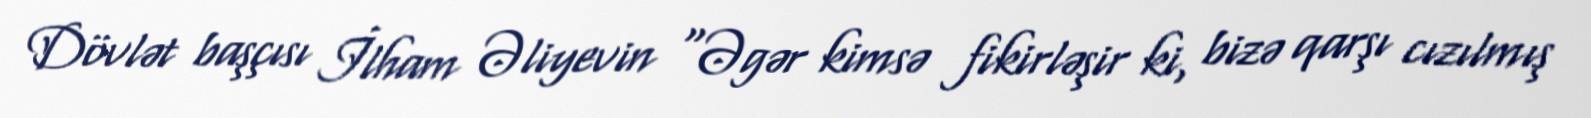
Dövlət başçısı İlham Əliyevin “Əgər kimsə fikirləşir ki, bizə qarşı cızılmış